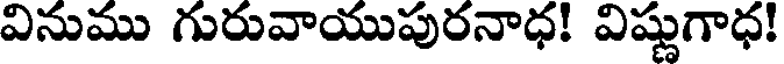
వినుము గురువాయుపురనాధ! విష్ణుగాధ!